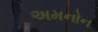
અમનોન